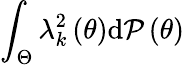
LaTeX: \int_{\Theta}\lambda_{k}^{2}\left(\theta\right)\mathrm{d}{\cal P}\left(\theta\right)